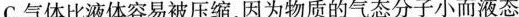
C.气体比液体容易被压缩，因为物质的气态分子小而液态